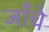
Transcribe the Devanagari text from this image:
जाँचे